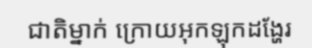
ជាតិម្នាក់ ក្រោយអុកឡុកដង្ហែរ